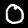
Digit: 0